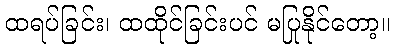
ထရပ်ခြင်း၊ ထထိုင်ခြင်းပင် မပြုနိုင်တော့။